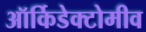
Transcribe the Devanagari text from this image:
ऑर्किडेक्टोमीव